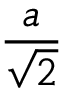
\frac { a } { \sqrt { 2 } }